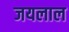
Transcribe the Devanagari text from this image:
जयलाल